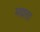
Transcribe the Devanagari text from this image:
मद्यता